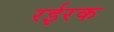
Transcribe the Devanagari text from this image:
रईरक